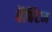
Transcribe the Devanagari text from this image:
बैबिंटन